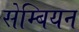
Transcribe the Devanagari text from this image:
सेम्बियन